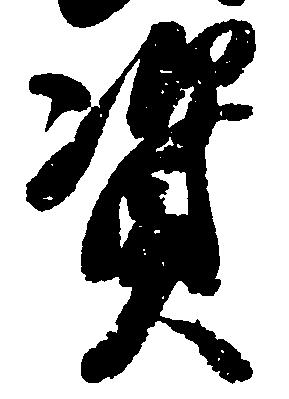
資